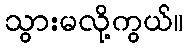
သွားမလို့ကွယ်။